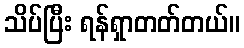
သိပ်ပြီး ရန်ရှာတတ်တယ်။